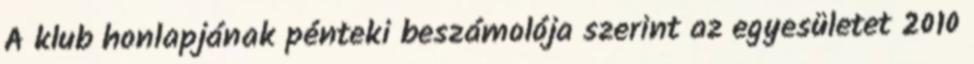
A klub honlapjának pénteki beszámolója szerint az egyesületet 2010